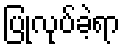
ပြုလုပ်ခဲ့ရာ